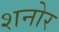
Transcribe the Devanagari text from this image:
शनोर